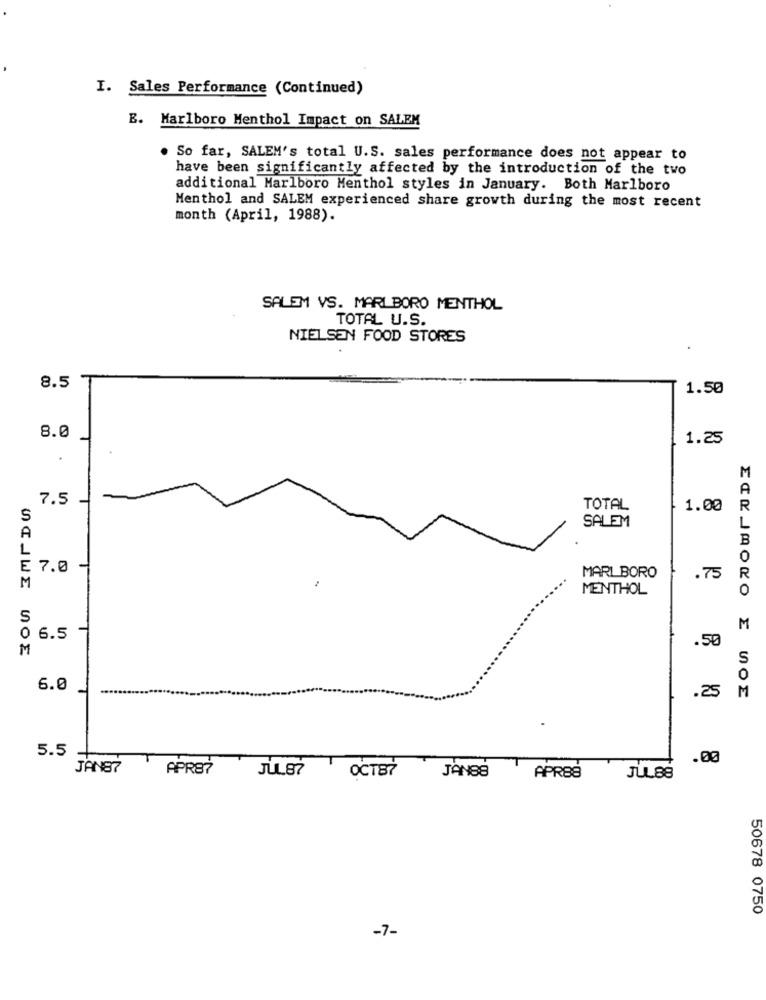
I. Sales Performance (Continued)
E. Marlboro Menthol Impact on SALEM
So far, SALEM's total U.S. sales performance does not appear to
have been significantly affected by the introduction of the two
additional Marlboro Menthol styles in January. Both Marlboro
Menthol and SALEM experienced share growth during the most recent
month (April, 1988).
SALEM VS. MARLBORO MENTHOL
TOTAL U.S.
NIELSEN FOOD STORES
8.5
1.50
8.0
1.25
.
M
A
7.5
TOTAL
1.00
R
S
SALEM
A
B
L
0
E 7.0
R
M
MARLBORO
.75
MENTHOL
S
0
M
6.5
.50
M
S
0
6.0
M
.25
5.5
.00
JANE?
APRE?
JUL87
OCT87
JAN88
APRES
JUL88
50678 0750
-7-